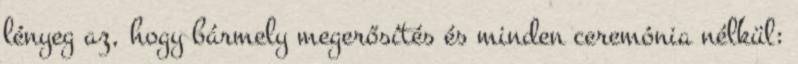
lényeg az, hogy bármely megerősítés és minden ceremónia nélkül: